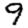
Digit: 9